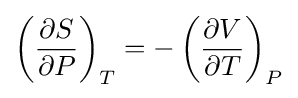
\left({\frac {\partial S}{\partial P}}\right)_{T}=-\left({\frac {\partial V}{\partial T}}\right)_{P}